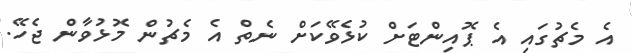
އެ މެޗުގައި އެ ޕޮއިންޓަށް ކުޅެވޭކަށް ނެތް އެ މެޗުން މޮޅުވާން ޖެހޭ.